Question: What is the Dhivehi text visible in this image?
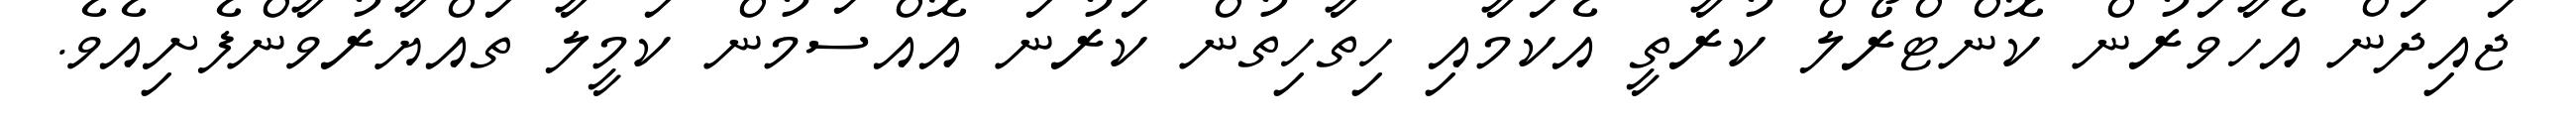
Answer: ޖައިދަން އެހާވަރުން ކޮންޓްރޯލް ކުރާތީ އެކަމާއި ހިތާހިތުން ކަރުނަ އޮއްސަމުން ކަމީލާ ތައްޔާރުވާންފެށިއެވެ.